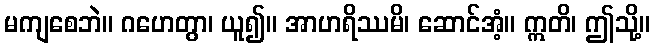
မကျစေဘဲ။ ဂဟေတွာ၊ ယူ၍။ အာဟရိဿမိ၊ ဆောင်အံ့။ ဣတိ၊ ဤသို့။